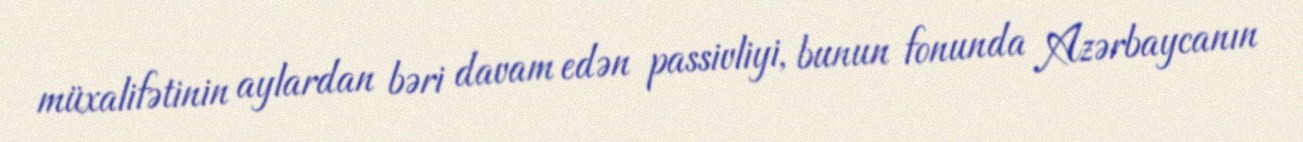
müxalifətinin aylardan bəri davam edən passivliyi, bunun fonunda Azərbaycanın